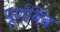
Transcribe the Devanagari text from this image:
पूर्णबिंब